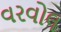
વરવોલ